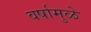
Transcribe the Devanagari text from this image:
वर्षामुळे